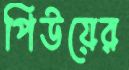
পিউয়ের